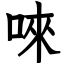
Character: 唻